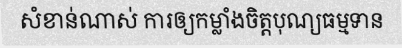
សំខាន់ណាស់ ការឲ្យកម្លាំងចិត្តបុណ្យធម្មទាន